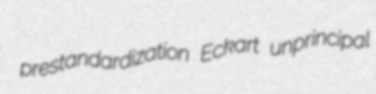
prestandardization Eckart unprincipal